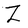
Character: Z